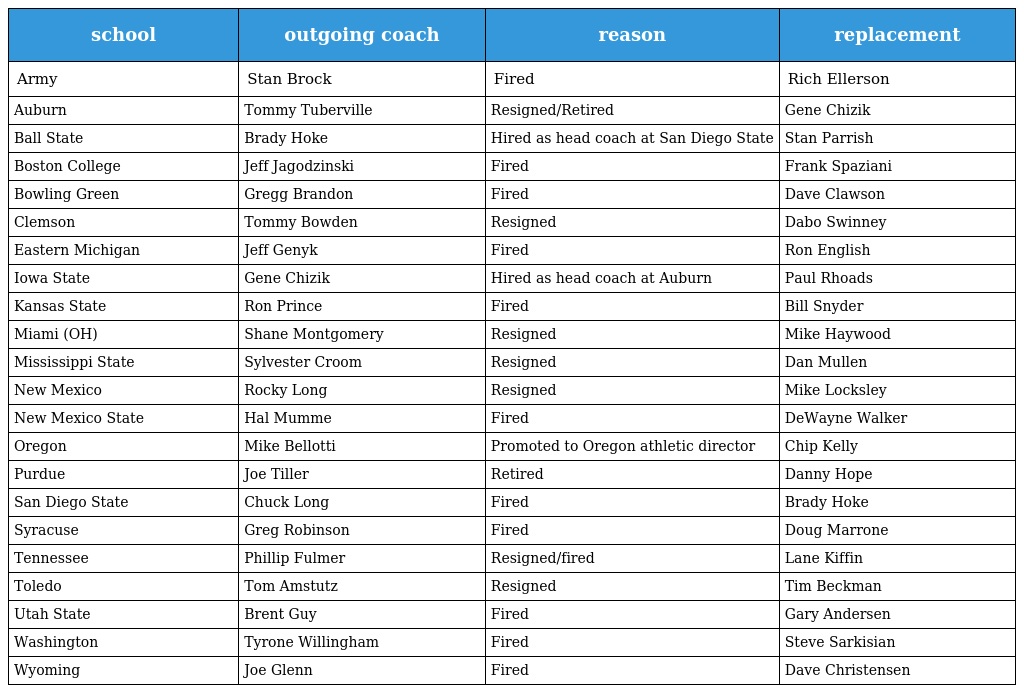
| school | outgoing coach | reason | replacement |
 | --- | --- | --- | --- |
 | Army | Stan Brock | Fired | Rich Ellerson |
 | Auburn | Tommy Tuberville | Resigned/Retired | Gene Chizik |
 | Ball State | Brady Hoke | Hired as head coach at San Diego State | Stan Parrish |
 | Boston College | Jeff Jagodzinski | Fired | Frank Spaziani |
 | Bowling Green | Gregg Brandon | Fired | Dave Clawson |
 | Clemson | Tommy Bowden | Resigned | Dabo Swinney |
 | Eastern Michigan | Jeff Genyk | Fired | Ron English |
 | Iowa State | Gene Chizik | Hired as head coach at Auburn | Paul Rhoads |
 | Kansas State | Ron Prince | Fired | Bill Snyder |
 | Miami (OH) | Shane Montgomery | Resigned | Mike Haywood |
 | Mississippi State | Sylvester Croom | Resigned | Dan Mullen |
 | New Mexico | Rocky Long | Resigned | Mike Locksley |
 | New Mexico State | Hal Mumme | Fired | DeWayne Walker |
 | Oregon | Mike Bellotti | Promoted to Oregon athletic director | Chip Kelly |
 | Purdue | Joe Tiller | Retired | Danny Hope |
 | San Diego State | Chuck Long | Fired | Brady Hoke |
 | Syracuse | Greg Robinson | Fired | Doug Marrone |
 | Tennessee | Phillip Fulmer | Resigned/fired | Lane Kiffin |
 | Toledo | Tom Amstutz | Resigned | Tim Beckman |
 | Utah State | Brent Guy | Fired | Gary Andersen |
 | Washington | Tyrone Willingham | Fired | Steve Sarkisian |
 | Wyoming | Joe Glenn | Fired | Dave Christensen |